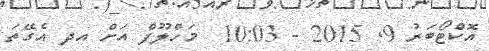
އޮކްޓޯބަރު 9